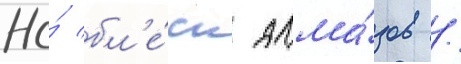
Но́ бл'е́ск алма́зов /